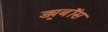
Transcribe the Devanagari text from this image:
ड्यूबॉस